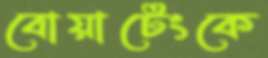
বোয়াটেংকে